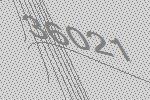
36021